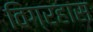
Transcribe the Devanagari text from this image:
विग्रहास